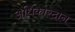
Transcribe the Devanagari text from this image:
अधिकारदान